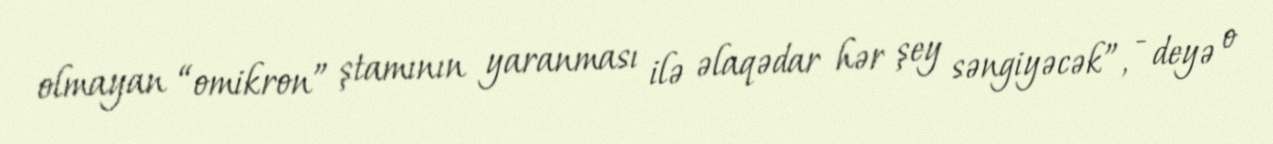
olmayan “omikron” ştamının yaranması ilə əlaqədar hər şey səngiyəcək”, - deyə o